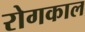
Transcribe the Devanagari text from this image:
रोगकाल